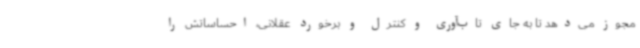
مجوز می‌دهد تا به جای تاب‌آوری و کنترل و برخورد عقلانی، احساساتش را